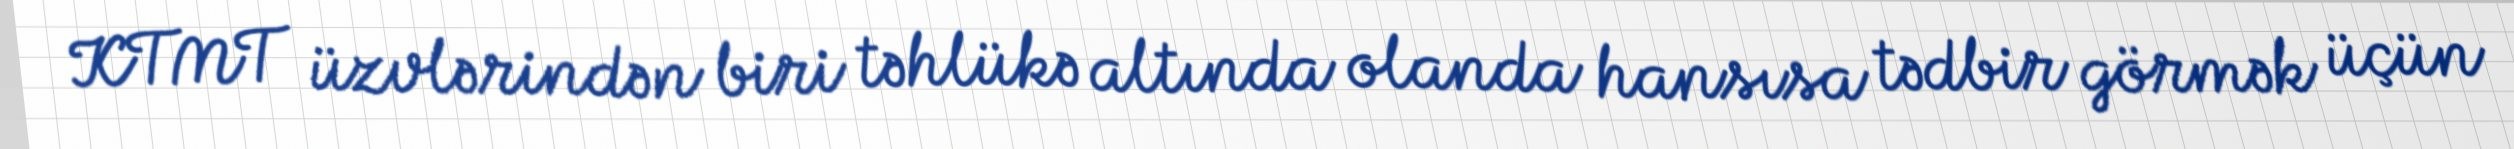
KTMT üzvlərindən biri təhlükə altında olanda hansısa tədbir görmək üçün